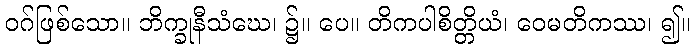
ဝဂ်ဖြစ်သော။ ဘိက္ခုနီသံဃေ၊ ၌။ ပေ။ တိကပါစိတ္တိယံ၊ ဝေမတိကဿ၊ ၍။